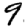
Digit: 9